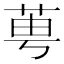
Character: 𦰝